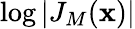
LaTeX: \log{\left|{J_{M}(\mathbf{x})}\right|}